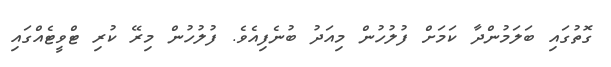
ގޮތުގައި ބަލަމުންދާ ކަމަށް ފުލުހުން މިއަދު ބުނެފިއެވެ. ފުލުހުން މިރޭ ކުރި ޓްވީޓެއްގައި